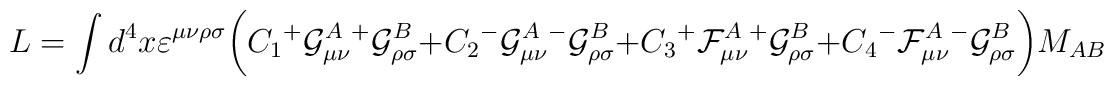
L = \int d^4x\varepsilon^{\mu \nu \rho \sigma} \bigg(C_1 {^+}{\cal G} ^{A}_{\mu \nu} {^+}{\cal G}^{B}_{\rho \sigma} + C_2 {^-}{\cal G}^{A}_{\mu \nu} {^-}{\cal G}^{B}_{\rho \sigma} \\ + C_3{^+} {\cal F}^{A}_{\mu \nu} {^+}{\cal G}^{B}_{\rho \sigma} + C_4{^-} {\cal F}^{A}_{\mu \nu} {^-}{\cal G}^{B}_{\rho \sigma}\bigg)M_{AB}